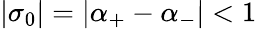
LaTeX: |\sigma_{0}|=|\alpha_{+}-\alpha_{-}|<1